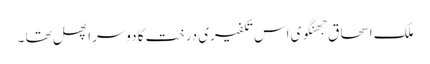
ملک اسحاق جھنگوی اس تکفیری درخت کا دوسرا پھل تھا ۔